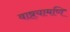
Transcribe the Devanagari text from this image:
वाष्र्यामणि